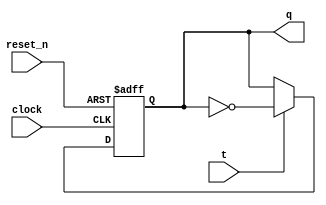
/**

Basic modules to use.

* T flip flop
* 2to1 multiplexer
* D flip flop
* ripple carry adder
* full adder

**/

module tFlipFlop(t, q, clock, reset_n);
  input t;
  reg stored_value;
  output q;
  input clock;
  input reset_n;

  assign q = stored_value;

  always @(posedge clock, negedge reset_n)
    begin
      if (reset_n == 1'b0)
		  stored_value <= 0;
      else if (t == 1'b1)
		  stored_value <= ~stored_value;
		else
		  stored_value <= stored_value;
    end
endmodule

// module for a multiplexer 2 to 1
module mux2to1(x, y, s, m);
  input x; //selected when s is 0
  input y; //selected when s is 1
  input s; //select signal
  output m; //output

  assign m = s & y | ~s & x;

endmodule

module dFlipFlop(d, q, clock, reset_n);
  input d; // input to flip flop
  output reg q; // output from flip flop
  input clock; // clock signal
  input reset_n; // syncrhonous active low reset

  always @(posedge clock)
    begin
      if (reset_n == 1'b0)
        q <= 0;
      else
        q <= d;
    end
endmodule

// module for a four bit ripple carry adder
module ripple_adder(ci, a, b, s, co);
    // define the input and output
    input ci; // carry bit
    input [3:0] a; // first 4 bit number
    input [3:0] b; // second 4 bit number
    output [3:0] s; // output
    output co;

    // wires to connect the carry bit to the next full adder
    wire fa0_c, fa1_c, fa2_c;

    // connect full adder carry bits to the other full adder
    // final carry bit is co
    full_adder f1(ci, a[0], b[0], s[0], fa0_c);
    full_adder f2(fa0_c, a[1], b[1], s[1], fa1_c);
    full_adder f3(fa1_c, a[2], b[2], s[2], fa2_c);
    full_adder f4(fa2_c, a[3], b[3], s[3], co);

endmodule

// module for a 1 bit full adder
module full_adder(ci, a, b, s, co);
    // define input and output
    input ci, a, b;
    output s, co;

    // boolean expressions of a full adder
    assign co = (a & b) | (a & ci) | (b & ci);
    assign s = a ^ b ^ ci;
endmodule

/**
 * Counter that counts up to eight bits
 * @input enable enable/disable the counter
 * @input clock signal to increase counter by 1
 * @input clear_b to reset the counter to 0
 *
 * @output q output the 8 bit hexadecimal
 */
module counter(enable, clock, clear_b, q);
  // input enable, clock and the reset signal
  input enable, clock, clear_b;
  // output 8 bit wire
  output [7:0] q;

  // wires for and gates
  wire q0to1, q1to2, q2to3, q3to4, q4to5, q5to6, q6to7;

  and(q0to1, enable, q[0]);
  and(q1to2, q0to1, q[1]);
  and(q2to3, q1to2, q[2]);
  and(q3to4, q2to3, q[3]);
  and(q4to5, q3to4, q[4]);
  and(q5to6, q4to5, q[5]);
  and(q6to7, q5to6, q[6]);

  // init the 8 t flip flops
  tFlipFlop q0(.t(enable), .q(q[0]), .clock(clock), .reset_n(clear_b));
  tFlipFlop q1(.t(q0to1), .q(q[1]), .clock(clock), .reset_n(clear_b));
  tFlipFlop q2(.t(q1to2), .q(q[2]), .clock(clock), .reset_n(clear_b));
  tFlipFlop q3(.t(q2to3), .q(q[3]), .clock(clock), .reset_n(clear_b));
  tFlipFlop q4(.t(q3to4), .q(q[4]), .clock(clock), .reset_n(clear_b));
  tFlipFlop q5(.t(q4to5), .q(q[5]), .clock(clock), .reset_n(clear_b));
  tFlipFlop q6(.t(q5to6), .q(q[6]), .clock(clock), .reset_n(clear_b));
  tFlipFlop q7(.t(q6to7), .q(q[7]), .clock(clock), .reset_n(clear_b));
endmodule